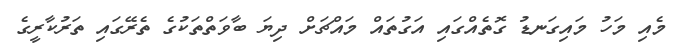
މެއި މަހު މައިގަނޑު ގޮތެއްގައި އަގުތައް މައްޗަށް ދިޔަ ބާވަތްތަކުގެ ތެރޭގައި ތަރުކާރީގެ